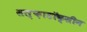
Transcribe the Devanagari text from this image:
सल्फ़ाडॉक्सीन